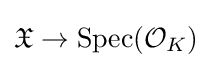
{\mathfrak {X}}\to {\text{Spec}}({\mathcal {O}}_{K})